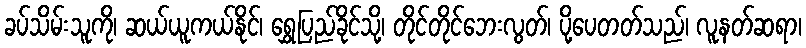
ခပ်သိမ်းသူကို၊ ဆယ်ယူကယ်နိုင်၊ ရွှေပြည်ခိုင်သို့၊ တိုင်တိုင်ဘေးလွတ်၊ ပို့ပေတတ်သည်၊ လူနတ်ဆရာ၊